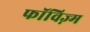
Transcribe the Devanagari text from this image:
फॉविज़्म